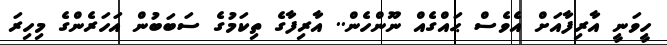
ހީވަނީ އާރިފާއަށް އެވެސް ޙައްގެއް ނޫންހެން.. އާރިފާގެ ތިކަމުގެ ސަބަބުން އަހަރެންގެ މިހިރަ